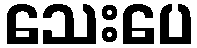
သေးပေ